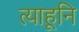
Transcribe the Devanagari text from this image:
त्याहूनि